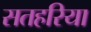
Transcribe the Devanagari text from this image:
सतहरिया